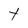
Character: t